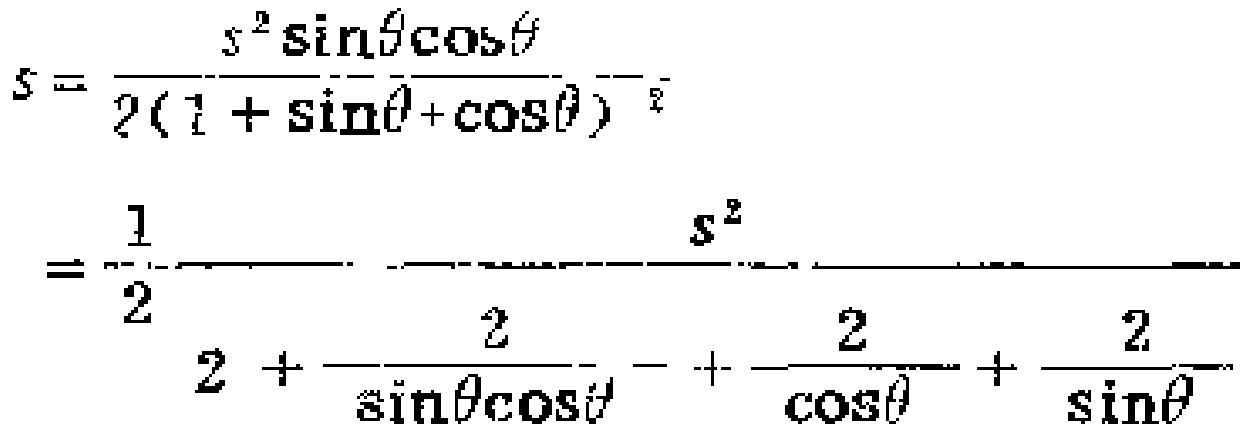
\[
\begin{align*}
S&=\frac{s^{2}\sin\theta\cos\theta}{2(1 + \sin\theta+\cos\theta)^{2}}\\
&=\frac{1}{2}\frac{s^{2}}{2+\frac{2}{\sin\theta\cos\theta}+\frac{2}{\cos\theta}+\frac{2}{\sin\theta}}
\end{align*}
\]